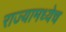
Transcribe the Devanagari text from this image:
राज्यामध्येच